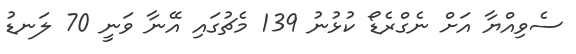
ސެވިއްޔާ އަށް ނެގްރެޑޯ ކުޅުނު 139 މެޗުގައި އޭނާ ވަނީ 70 ލަނޑު